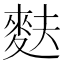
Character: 麩